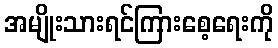
အမျိုးသားရင်ကြားစေ့ရေးကို